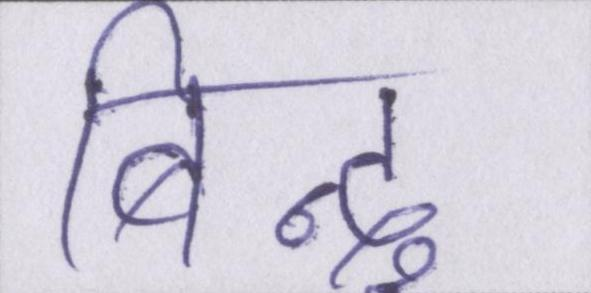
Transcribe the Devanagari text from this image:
बिन्दु